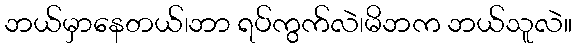
ဘယ်မှာနေတယ်၊ဘာ ရပ်ကွက်လဲ၊မိဘက ဘယ်သူလဲ။